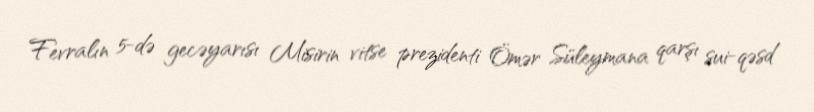
Fevralın 5-də gecəyarısı Misirin vitse prezidenti Ömər Süleymana qarşı sui-qəsd